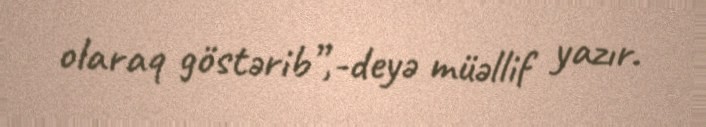
olaraq göstərib”,-deyə müəllif yazır.